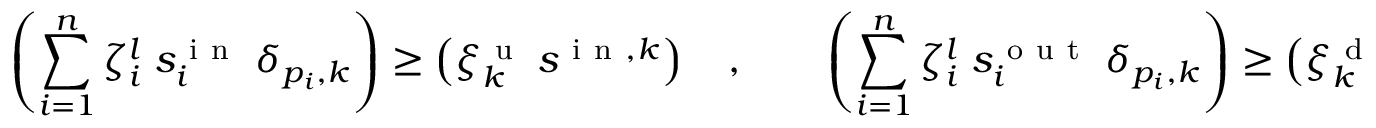
\left( \sum _ { i = 1 } ^ { n } \zeta _ { i } ^ { l } \; s _ { i } ^ { \mathrm { ~ i ~ n ~ } } \; \delta _ { p _ { i } , k } \right) \geq \left( \xi _ { k } ^ { \mathrm { ~ u ~ } } \: s ^ { \mathrm { ~ i ~ n ~ } , k } \right) \quad , \qquad \left( \sum _ { i = 1 } ^ { n } \zeta _ { i } ^ { l } \; s _ { i } ^ { \mathrm { ~ o ~ u ~ t ~ } } \; \delta _ { p _ { i } , k } \right) \geq \left( \xi _ { k } ^ { \mathrm { ~ d ~ } } \: s ^ { \mathrm { ~ o ~ u ~ t ~ } , k } \right) \quad .